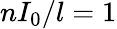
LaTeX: nI_{0}/l=1